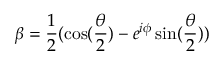
\beta = \frac { 1 } { 2 } ( \cos ( \frac { \theta } { 2 } ) - e ^ { i \phi } \sin ( \frac { \theta } { 2 } ) )